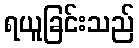
ရယူခြင်းသည်